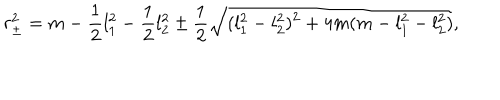
r _ { \pm } ^ { 2 } = m - { \frac { 1 } { 2 } } l _ { 1 } ^ { 2 } - { \frac { 1 } { 2 } } l _ { 2 } ^ { 2 } \pm { \frac { 1 } { 2 } } \sqrt { ( l _ { 1 } ^ { 2 } - l _ { 2 } ^ { 2 } ) ^ { 2 } + 4 m ( m - l _ { 1 } ^ { 2 } - l _ { 2 } ^ { 2 } ) } ,